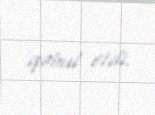
qəbul etdi.